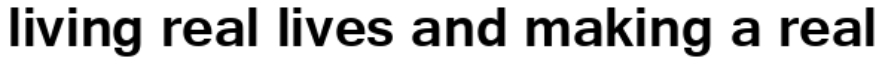
living real lives and making a real